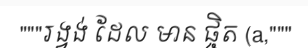
"""រង្វង់ ដែល មាន ផ្ចិត (a,"""